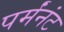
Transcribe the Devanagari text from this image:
पर्मंनंट